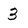
Character: 3